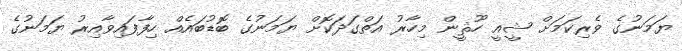
ޔަމަނުގެ ވެރިކަމަށް ޝީއީ ހޫޘީން މިހާރު އަތްގަދަކޮށް ޔަމަނުގެ ބޮޑުބައެއް ހިފާފައިވާއިރު ޔަމަނުގެ